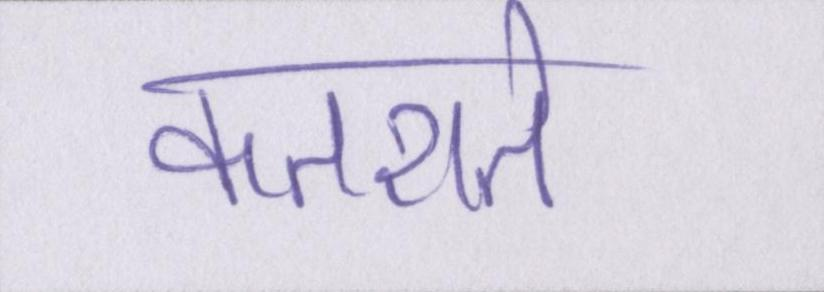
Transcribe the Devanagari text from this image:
कतराते